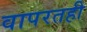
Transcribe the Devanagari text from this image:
वापरतही